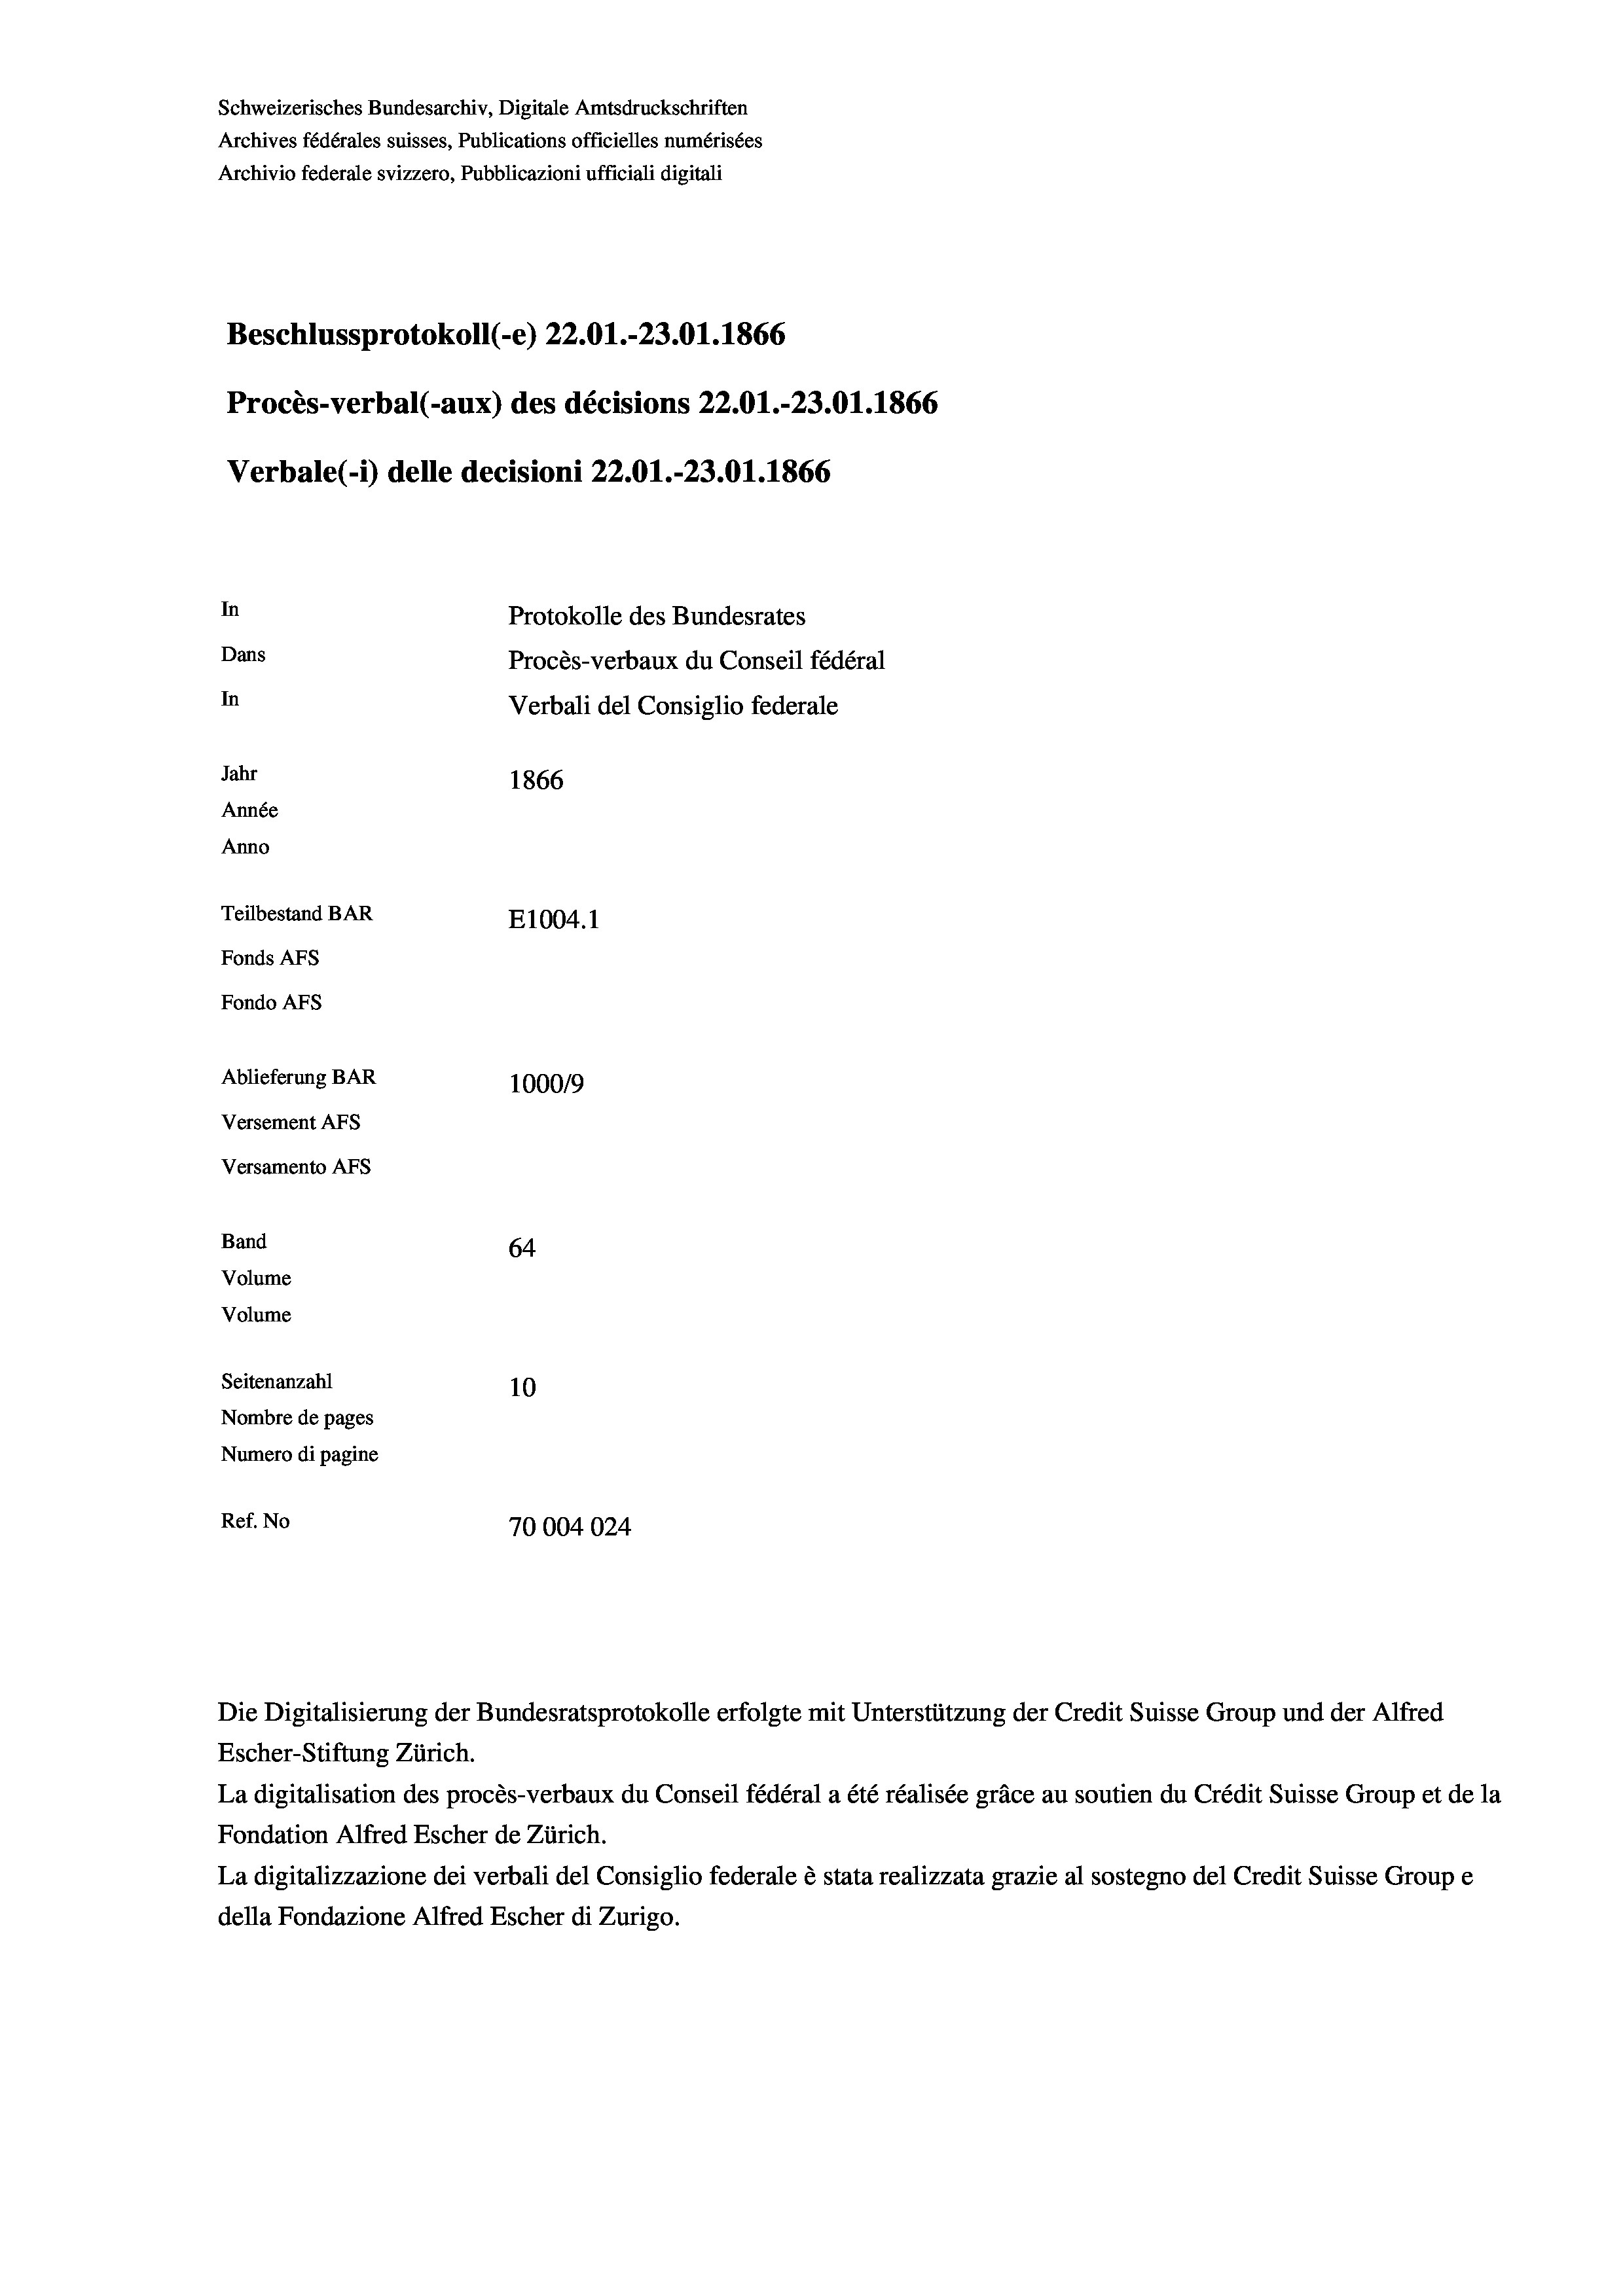
Schweizerisches Bundesarchiv, Digitale Amtsdruckschriften
Archives fédérales suisses, Publications officielles numérisées
Archivio federale svizzero, Pubblicazioni ufficiali digitali
Beschlussprotokoll (-e) 22.01.-23.01. 1866
Procès-verbal (-aux) des décisions 22.01.-23.01. 1866
Verbale(-*) delle decisioni 22.01.-23.01. 1866
In
Protokolle des Bundesrates
Dans
Procès-verbaux du Conseil fédéral
In
Verbali del Consiglio federale
Jahr
1866
Année
Anno
Teilbestand BAR
E1004. 1
Fonds AFs
Fondo AFS
Ablieferung BAR
100019
Versement AFs
Versamento AFs

64
Seitenanzahl
10
Nombre de pages
Numero di pagine
Ref. No
70004024

Band
Volume

Volume

Escher-Stiftung Zürich.
La digitalisation des procès-verbaux du Conseil fédéral a été réalisée gräce au soutien du Crédit Suisse Group et de la
Fondation Alfred Escher de Zürich.
La digitalizzazione dei verbali del Consiglio federale è stata realizzata grazie al sostegno del Credit Suisse Groupe
della Fondazione Alfred Escher di Zurigo.

Die Digitalisierung der Bundesratsprotokolle erfolgte mit Unterstützung der Credit Suisse Group und der Alfred